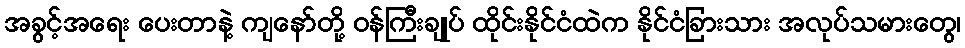
အခွင့်အရေး ပေးတာနဲ့ ကျနော်တို့ ဝန်ကြီးချုပ် ထိုင်းနိုင်ငံထဲက နိုင်ငံခြားသား အလုပ်သမားတွေ၊